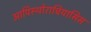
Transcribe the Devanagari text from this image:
आपिस्थोराचियासिस